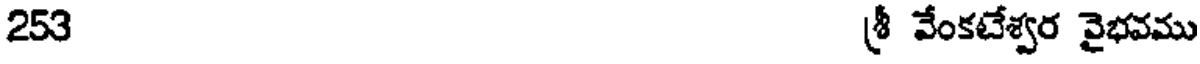
253 శ్రీ వేంకటేశ్వర వైభవము